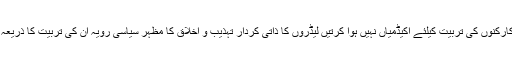
عوام یا کارکنوں کی تربیت کیلئے اکیڈمیاں نہیں ہوا کرتیں لیڈروں کا ذاتی کردار تہذیب و اخلاق کا مظہر سیاسی رویہ ان کی تربیت کا ذریعہ بنتا ہے۔